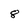
Character: 8